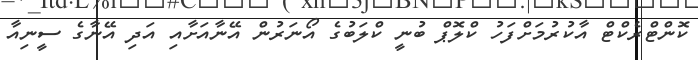
ކޮންޓްރެކްޓް އާކުރުމަށްފަހު ކްލޮޕް ބުނީ ކްލަބުގެ އޯނަރުން އޭނާއަށާއި އަދި އޭނާގެ ސީނިއާ